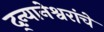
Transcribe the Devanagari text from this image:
द्न्यानेश्वरांचे